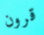
قرون